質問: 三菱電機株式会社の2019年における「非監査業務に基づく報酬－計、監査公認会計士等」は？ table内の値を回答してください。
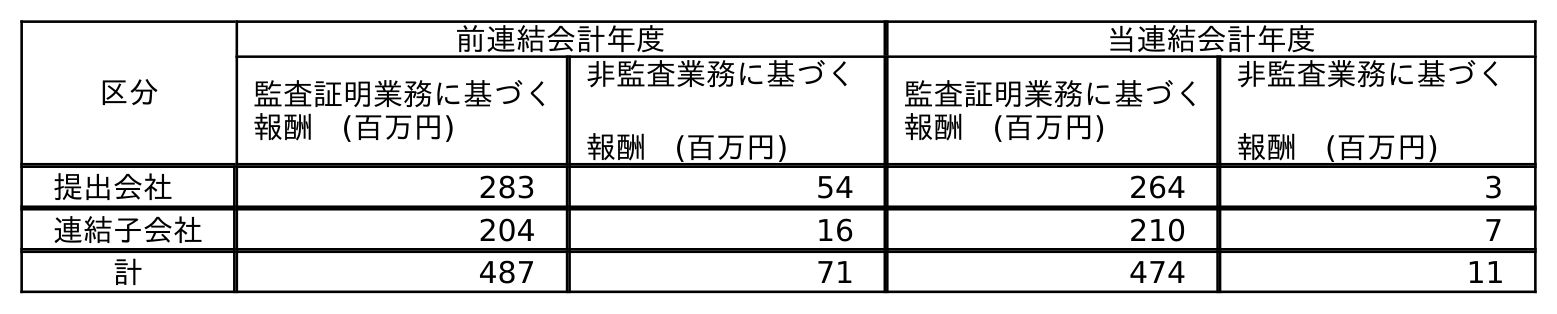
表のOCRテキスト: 区分 前連結会計年度 当連結会計年度 監査証明業務に基づく 報酬 (百万円) 非監査業務に基づく 報酬 (百万円) 監査証明業務に基づく 報酬 (百万円) 非監査業務に基づく 報酬 (百万円) 提出会社 283 54 264 3 連結子会社 204 16 210 7 計 487 71 474 11
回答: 71